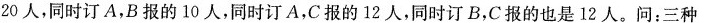
20人，同时订A，B报的10人，同时订A，C报的12人，同时订B，C报的也是12人。问：三种